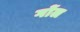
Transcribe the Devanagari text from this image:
गोंल